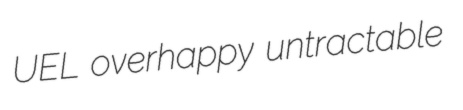
UEL overhappy untractable